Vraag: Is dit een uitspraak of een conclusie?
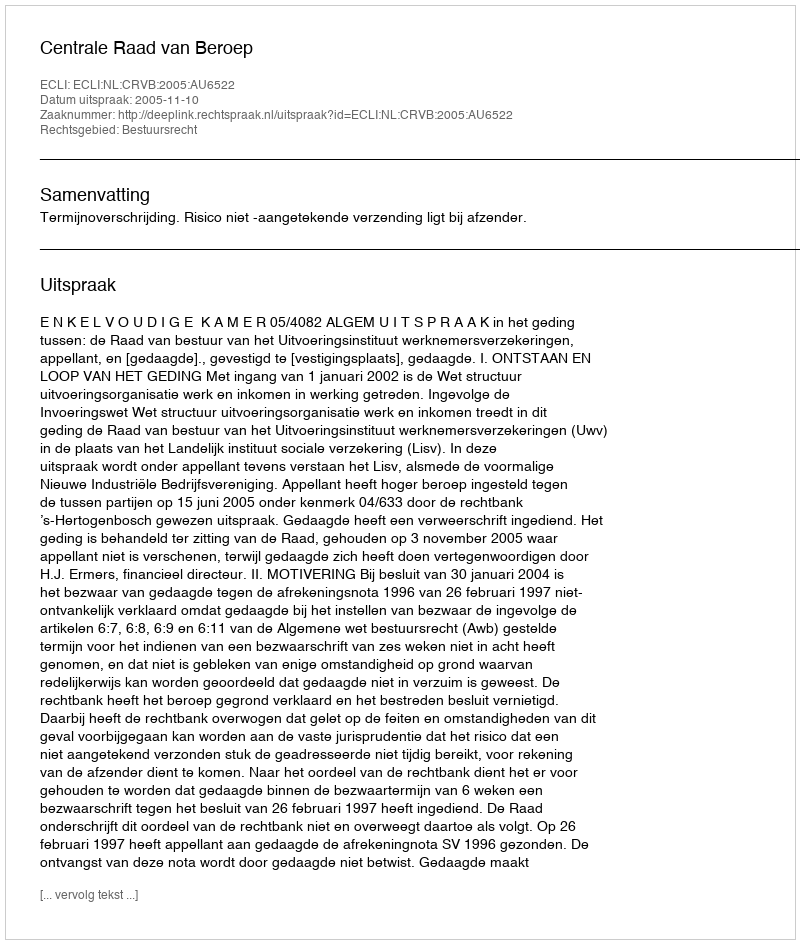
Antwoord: Uitspraak